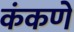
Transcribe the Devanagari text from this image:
कंकणे